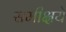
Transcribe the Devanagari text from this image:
समीक्षये